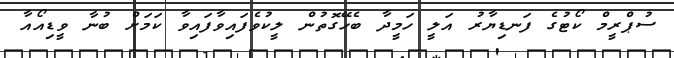
ސުޕްރީމް ކޯޓުގެ ފަނޑިޔާރު އަލީ ހަމީދާ ބެހޭގޮތުން ލީކުވެފައިވާފައިވާ ކަމަށް ބުނާ ވީޑިއޯއާ